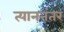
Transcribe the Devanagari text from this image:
त्याननंतर